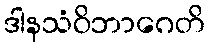
ဒါနသံဝိဘာဂေတိ